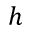
h